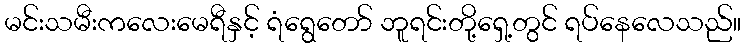
မင်းသမီးကလေးမေရီနှင့် ရံရွေတော် ဘူရင်းတို့ရှေ့တွင် ရပ်နေလေသည်။